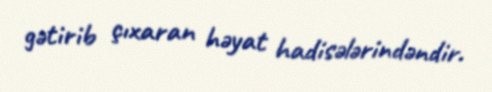
gətirib çıxaran həyat hadisələrindəndir.